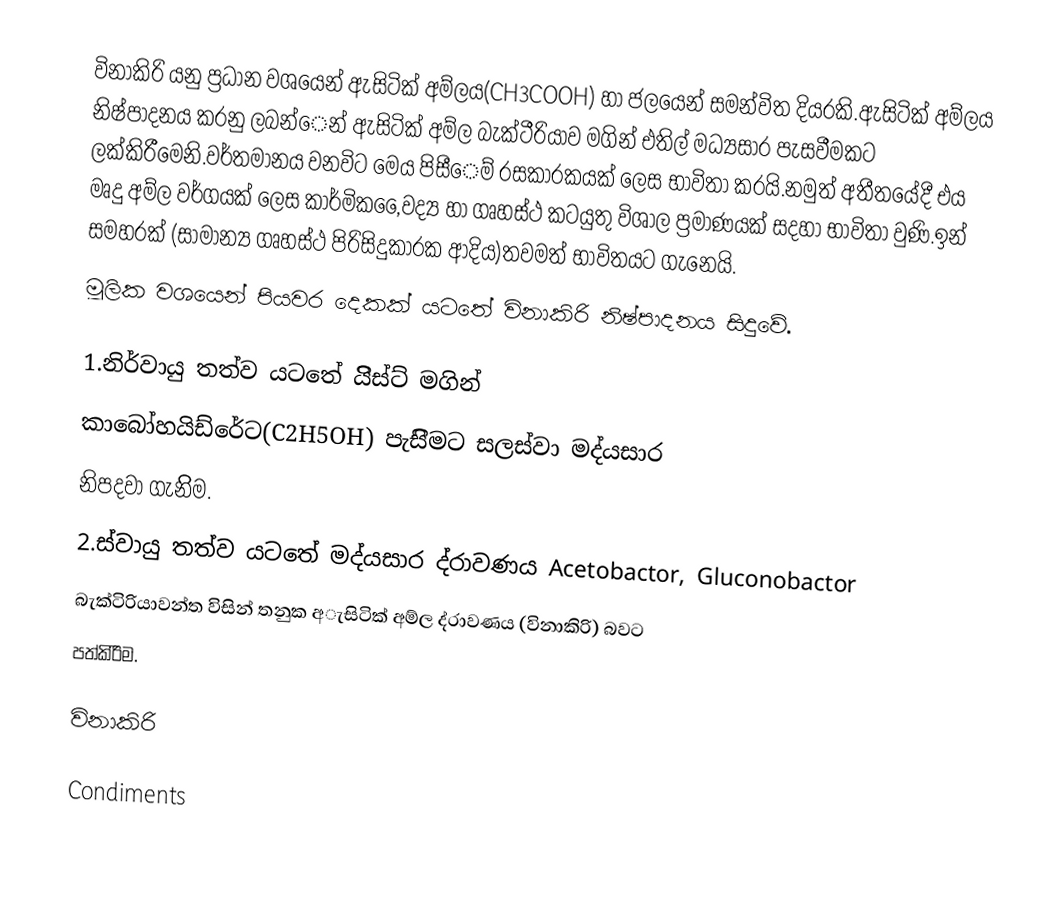
විනාකිරි යනු  ප්‍රධාන වශයෙන් ඇසිටික් අම්ලය(CH3COOH) හා ජලයෙන් සමන්විත දියරකි.ඇසිටික් අම්ලය නිෂ්පාදනය කරනු ලබන්ෙන් ඇසිටික් අම්ල බැක්ටීරියාව මගින් එතිල් මධ්‍යසාර පැසවීමකට ලක්කිරීමෙනි.වර්තමානය වනවිට මෙය පිසීෙම් රසකාරකයක් ලෙස භාවිතා කරයි.නමුත් අතීතයේදී එය මෘදු අම්ල වර්ගයක් ලෙස කාර්මික,ෛවද්‍ය හා ගෘහස්ථ කටයුතු විශාල ප්‍රමාණයක් සදහා භාවිතා වුණි.ඉන් සමහරක් (සාමාන්‍ය  ගෘහස්ථ පිරිසිදුකාරක ආදිය)තවමත් භාවිතයට ගැනෙයි.
              මූලික වශයෙන් පියවර දෙකක් යටතේ විනාකිරි නිෂ්පාදනය සිදුවේ.

1.නිර්වායු තත්ව යටතේ යිිස්ට් මගින්
    කාබෝහයිඩ්රේට(C2H5OH) පැසිිමට සලස්වා මද්යසාර
    නිපදවා ගැනිිම.
2.ස්වායු තත්ව යටතේ මද්යසාර ද්රාවණය Acetobactor, Gluconobactor
    බැක්ටිරියාවන්ත විසින් තනුක අැසිටික්  අම්ල ද්රාවණය (විනාකිරි) බවට
    පත්කිරිිම.

විනාකිරි

Condiments